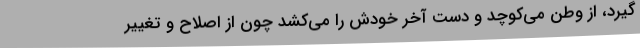
‌گیرد، از وطن می‌کوچد و دست آخر خودش را می‌کشد چون از اصلاح و تغییر